Annual administration report of the Civil Veterinary Department, Sind - 1942-1943
Year: 1942
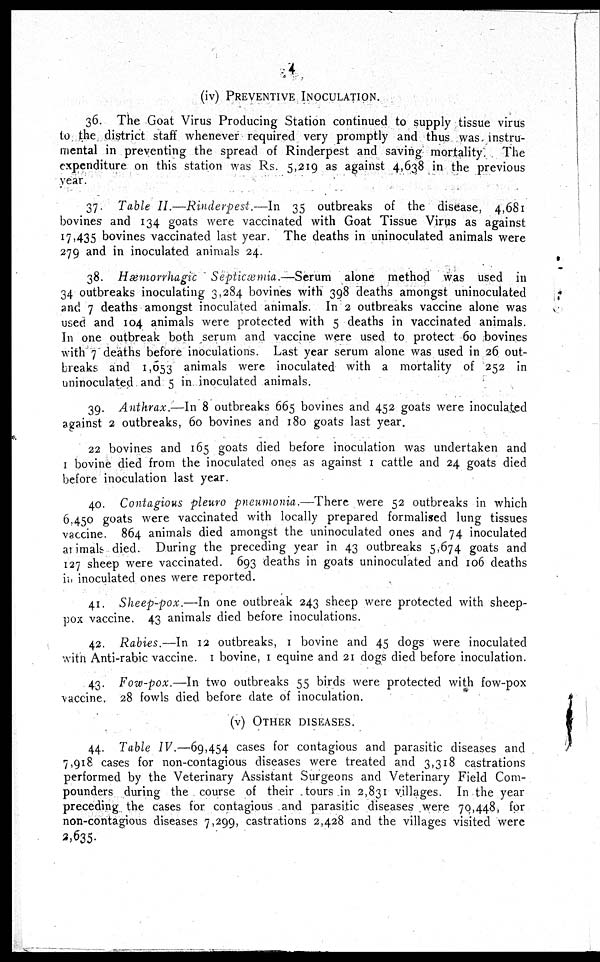
4
(iv) PREVENTIVE INOCULATION.
36. The Goat Virus Producing Station continued to supply tissue virus
to the district staff whenever required very promptly and thus was instru-
mental in preventing the spread of Rinderpest and saving mortality. The
expenditure on this station was Rs. 5,219 as against 4,638 in the previous
year.
37. Table II.—Rinderpest.—In 35 outbreaks of the disease, 4,681
bovines and 134 goats were vaccinated with Goat Tissue Virus as against
17,435 bovines vaccinated last year. The deaths in uninoculated animals were
279 and in inoculated animals 24.
38. Hæmorrhagic
Septicæmia.—Serum
alone method was used in
34 outbreaks inoculating 3,284 bovines with 398 deaths amongst uninoculated
and 7 deaths amongst inoculated animals. In 2 outbreaks vaccine alone was
used and 104 animals were protected with 5 deaths in vaccinated animals.
In one outbreak both serum and vaccine were used to protect 60 bovines
with 7 deaths before inoculations. Last year serum alone was used in 26 out-
breaks and 1,053 animals were inoculated with a mortality of 252 in
uninoculated and 5 in inoculated animals.
39. Anthrax.—In 8 outbreaks 665 bovines and 452 goats were inoculated
against 2 outbreaks, 60 bovines and 180 goats last year.
22 bovines and 165 goats died before inoculation was undertaken and
1 bovine died from the inoculated ones as against 1 cattle and 24 goats died
before inoculation last year.
40. Contagious pleuro pneumonia.—There
were 52 outbreaks in which
6,450 goats were vaccinated with locally prepared formalised lung tissues
vaccine. 864 animals died amongst the uninoculated ones and 74 inoculated
animals died. During the preceding year in 43 outbreaks 5,674 goats and
127 sheep were vaccinated. 693 deaths in goats uninoculated and 106 deaths
in inoculated ones were reported.
41. Sheep-pox.—In one outbreak 243 sheep were protected with sheep-
pox vaccine. 43 animals died before inoculations.
42. Rabies.—In 12 outbreaks, 1 bovine and 45 dogs were inoculated
with Anti-rabic vaccine. 1 bovine, 1 equine and 21 dogs died before inoculation.
43. Fow-pox.—In two outbreaks 55 birds were protected with fow-pox
vaccine. 28 fowls died before date of inoculation.
(v) OTHER DISEASES.
44. Table IV.—69,454 cases for contagious and parasitic diseases and
7,918 cases for non-contagious diseases were treated and 3,318 castrations
performed by the Veterinary Assistant Surgeons and Veterinary Field Com-
pounders during the course of their tours in 2,831 villages. In the year
preceding the cases for contagious and parasitic diseases were 70,448, for
non-contagious diseases 7,299, castrations 2,428 and the villages visited were
2,635.